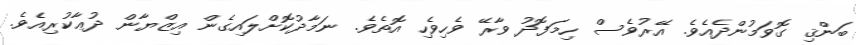
ބަންޤި ގޮވަމުންދެއެވެ. އޭރުވެސް ހިމަފޮދު ވާރޭ ވެހިވެހި އޮތެވެ. ނަމާދުކޮށްލައިގެން އިޒްޔާން ދުޢާކުރިއެވެ.